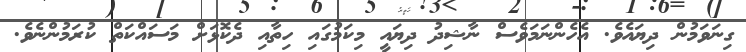
ގިނަވަމުން ދިޔައެވެ. އެހެންނަމަވެސް ނާޝިދު ދިޔައީ މިކަމުގައި ހިތާއި ދެކޮޅަށް މަސައްކަތް ކުރަމުންނެވެ.